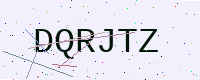
Text: DQRJTZ